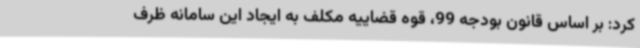
کرد: بر اساس قانون بودجه 99، قوه قضاییه مکلف به ایجاد این سامانه ظرف